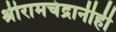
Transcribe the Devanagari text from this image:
श्रीरामचंद्रानीही